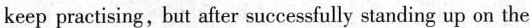
keep practising,but after successfully standing up on the